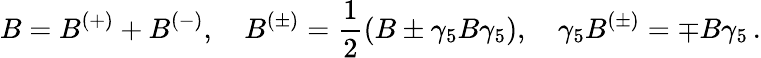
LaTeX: B=B^{(+)}+B^{(-)},\quad B^{(\pm)}=\frac 12(B\pm\gamma_{5}B\gamma_{5}),\quad\gamma_{5}B^{(\pm)}=\mp B\gamma_{5}\, .